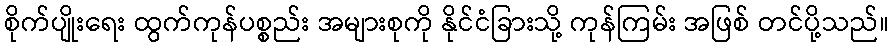
စိုက်ပျိုးရေး ထွက်ကုန်ပစ္စည်း အများစုကို နိုင်ငံခြားသို့ ကုန်ကြမ်း အဖြစ် တင်ပို့သည်။